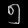
Digit: ၅